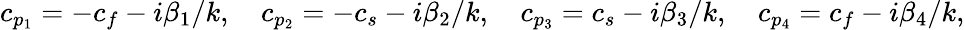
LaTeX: c_{p_{1}}=-c_{f}-i\beta_{1}/k,\quad c_{p_{2}}=-c_{s}-i\beta_{2}/k,\quad c_{p_{3}}=c_{s}-i\beta_{3}/k,\quad c_{p_{4}}=c_{f}-i\beta_{4}/k,